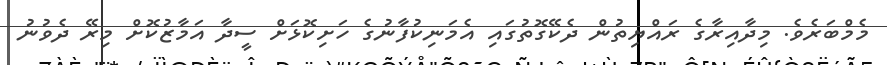
މެމްބަރެވެ. މިދާއިރާގެ ރައްޔިތުން ދެކޭގޮތުގައި އެމަނިކުފާނުގެ ހަށިކޮޅަށް ސީދާ އަމާޒުކޮށް މިރޭ ދެވުނު